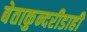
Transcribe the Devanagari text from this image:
बेताकुन्दरीडाही